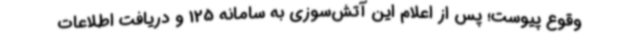
وقوع پیوست؛ پس از اعلام این آتش‌سوزی به سامانه 125 و دریافت اطلاعات